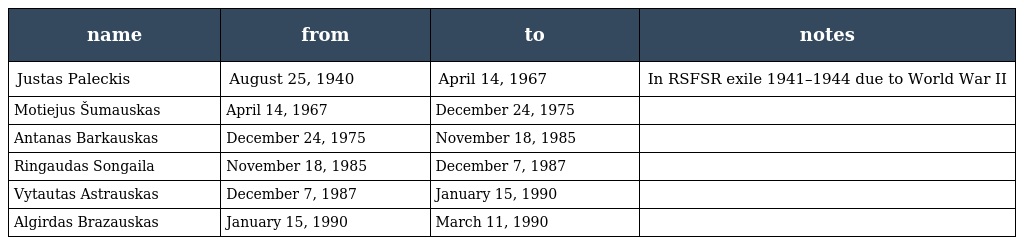
| name | from | to | notes |
 | --- | --- | --- | --- |
 | Justas Paleckis | August 25, 1940 | April 14, 1967 | In RSFSR exile 1941–1944 due to World War II |
 | Motiejus Šumauskas | April 14, 1967 | December 24, 1975 |  |
 | Antanas Barkauskas | December 24, 1975 | November 18, 1985 |  |
 | Ringaudas Songaila | November 18, 1985 | December 7, 1987 |  |
 | Vytautas Astrauskas | December 7, 1987 | January 15, 1990 |  |
 | Algirdas Brazauskas | January 15, 1990 | March 11, 1990 |  |